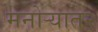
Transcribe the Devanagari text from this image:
मनोऱ्यात२